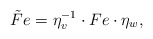
\begin{align*}\tilde Fe=\eta_v^{-1}\cdot Fe\cdot\eta_w,\end{align*}